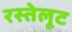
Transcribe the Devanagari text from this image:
रस्तेलूट